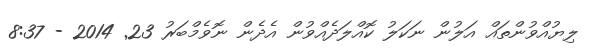
ލިޔުއްވުންތައް އަލުން ނަކަލު ކޮއްލަދެއްވުން އެދެން ނޮވެމްބަރު 23